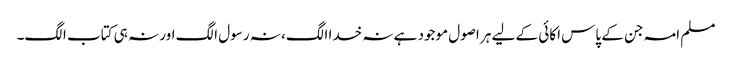
مسلم امہ جن کے پاس اکائی کے لیے ہر اصول موجود ہے نہ خدا الگ، نہ رسول الگ اور نہ ہی کتاب الگ۔